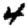
Digit: 4